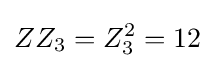
ZZ_{3}=Z_{3}^{2}=12